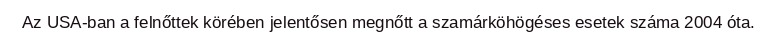
Az USA-ban a felnőttek körében jelentősen megnőtt a szamárköhögéses esetek száma 2004 óta.